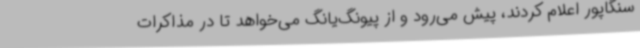
سنگاپور اعلام کردند، پیش می‌رود و از پیونگ‌یانگ می‌خواهد تا در مذاکرات